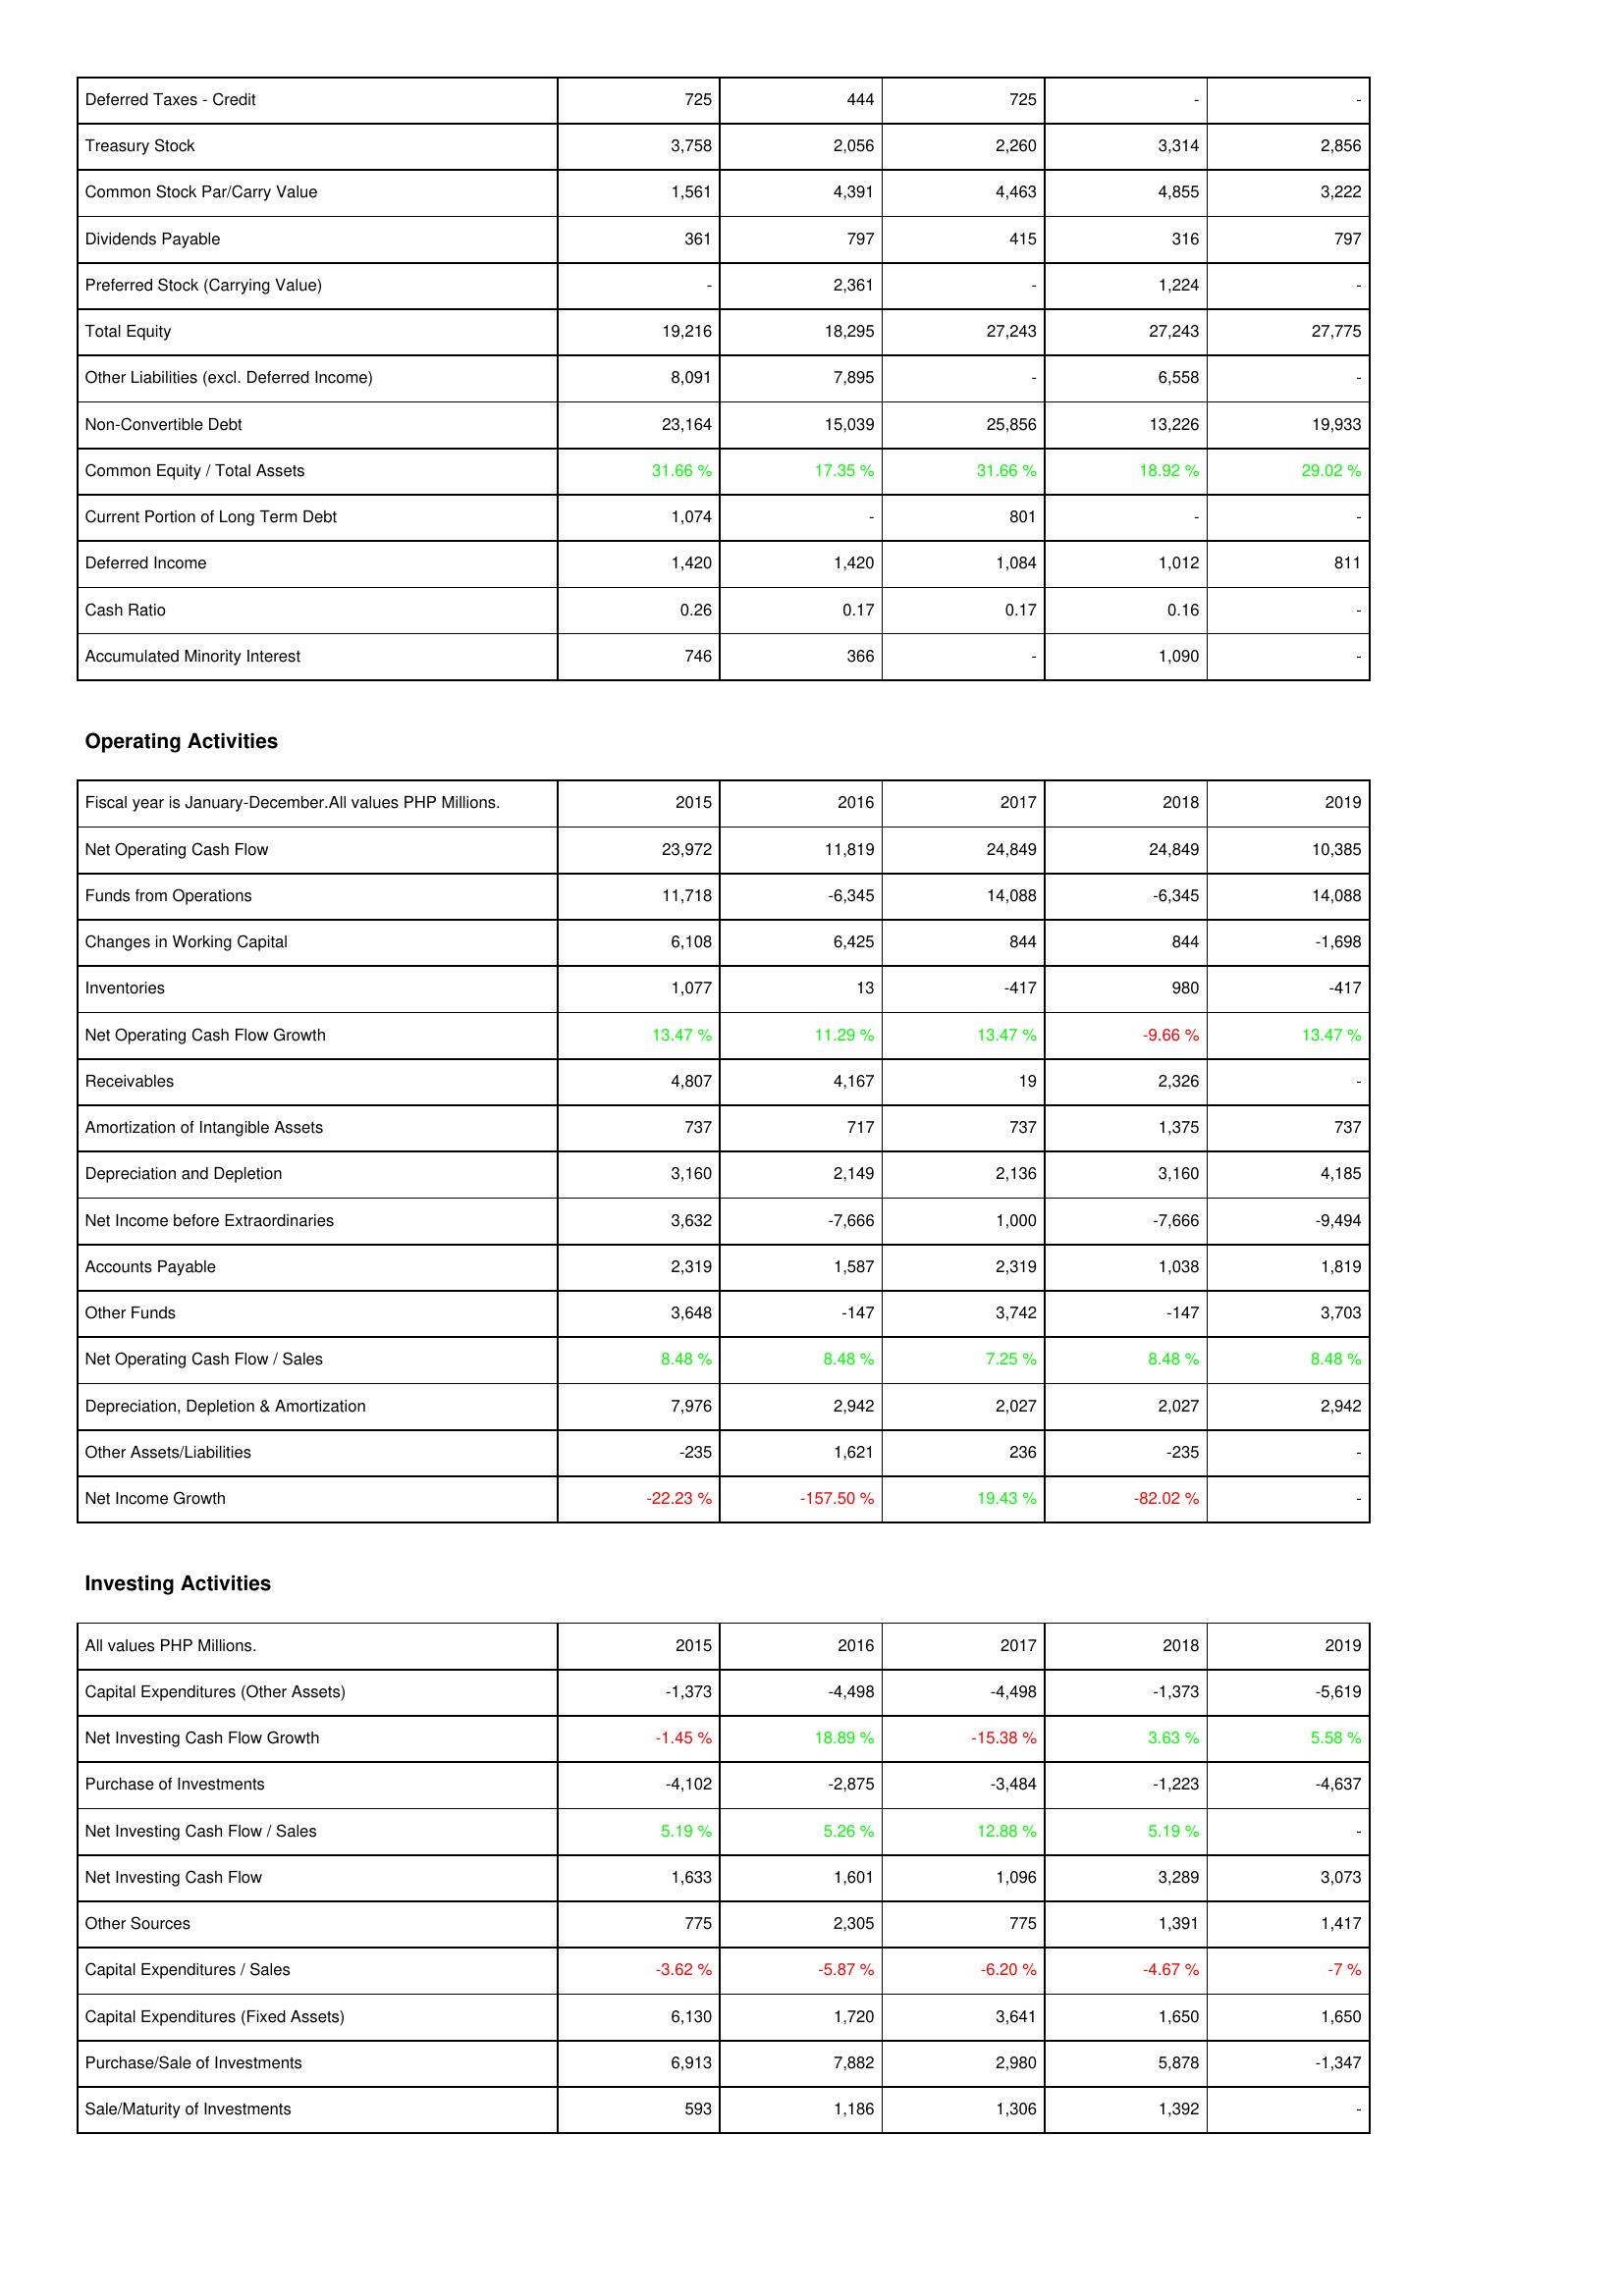
2015: Liabilities & Shareholders' Equity: Deferred Taxes - Credit: 725
Treasury Stock: 3,758
Common Stock Par/Carry Value: 1,561
Dividends Payable: 361
Preferred Stock (Carrying Value): -
Total Equity: 19,216
Other Liabilities (excl. Deferred Income): 8,091
Non-Convertible Debt: 23,164
Common Equity / Total Assets: 31.66 %
Current Portion of Long Term Debt: 1,074
Deferred Income: 1,420
Cash Ratio: 0.26
Accumulated Minority Interest: 746
Operating Activities: Net Operating Cash Flow: 23,972
Funds from Operations: 11,718
Changes in Working Capital: 6,108
Inventories: 1,077
Net Operating Cash Flow Growth: 13.47 %
Receivables: 4,807
Amortization of Intangible Assets: 737
Depreciation and Depletion: 3,160
Net Income before Extraordinaries: 3,632
Accounts Payable: 2,319
Other Funds: 3,648
Net Operating Cash Flow / Sales: 8.48 %
Depreciation, Depletion & Amortization: 7,976
Other Assets/Liabilities: -235
Net Income Growth: -22.23 %
Investing Activities: Capital Expenditures (Other Assets): -1,373
Net Investing Cash Flow Growth: -1.45 %
Purchase of Investments: -4,102
Net Investing Cash Flow / Sales: 5.19 %
Net Investing Cash Flow: 1,633
Other Sources: 775
Capital Expenditures / Sales: -3.62 %
Capital Expenditures (Fixed Assets): 6,130
Purchase/Sale of Investments: 6,913
Sale/Maturity of Investments: 593
2016: Liabilities & Shareholders' Equity: Deferred Taxes - Credit: 444
Treasury Stock: 2,056
Common Stock Par/Carry Value: 4,391
Dividends Payable: 797
Preferred Stock (Carrying Value): 2,361
Total Equity: 18,295
Other Liabilities (excl. Deferred Income): 7,895
Non-Convertible Debt: 15,039
Common Equity / Total Assets: 17.35 %
Current Portion of Long Term Debt: -
Deferred Income: 1,420
Cash Ratio: 0.17
Accumulated Minority Interest: 366
Operating Activities: Net Operating Cash Flow: 11,819
Funds from Operations: -6,345
Changes in Working Capital: 6,425
Inventories: 13
Net Operating Cash Flow Growth: 11.29 %
Receivables: 4,167
Amortization of Intangible Assets: 717
Depreciation and Depletion: 2,149
Net Income before Extraordinaries: -7,666
Accounts Payable: 1,587
Other Funds: -147
Net Operating Cash Flow / Sales: 8.48 %
Depreciation, Depletion & Amortization: 2,942
Other Assets/Liabilities: 1,621
Net Income Growth: -157.50 %
Investing Activities: Capital Expenditures (Other Assets): -4,498
Net Investing Cash Flow Growth: 18.89 %
Purchase of Investments: -2,875
Net Investing Cash Flow / Sales: 5.26 %
Net Investing Cash Flow: 1,601
Other Sources: 2,305
Capital Expenditures / Sales: -5.87 %
Capital Expenditures (Fixed Assets): 1,720
Purchase/Sale of Investments: 7,882
Sale/Maturity of Investments: 1,186
2017: Liabilities & Shareholders' Equity: Deferred Taxes - Credit: 725
Treasury Stock: 2,260
Common Stock Par/Carry Value: 4,463
Dividends Payable: 415
Preferred Stock (Carrying Value): -
Total Equity: 27,243
Other Liabilities (excl. Deferred Income): -
Non-Convertible Debt: 25,856
Common Equity / Total Assets: 31.66 %
Current Portion of Long Term Debt: 801
Deferred Income: 1,084
Cash Ratio: 0.17
Accumulated Minority Interest: -
Operating Activities: Net Operating Cash Flow: 24,849
Funds from Operations: 14,088
Changes in Working Capital: 844
Inventories: -417
Net Operating Cash Flow Growth: 13.47 %
Receivables: 19
Amortization of Intangible Assets: 737
Depreciation and Depletion: 2,136
Net Income before Extraordinaries: 1,000
Accounts Payable: 2,319
Other Funds: 3,742
Net Operating Cash Flow / Sales: 7.25 %
Depreciation, Depletion & Amortization: 2,027
Other Assets/Liabilities: 236
Net Income Growth: 19.43 %
Investing Activities: Capital Expenditures (Other Assets): -4,498
Net Investing Cash Flow Growth: -15.38 %
Purchase of Investments: -3,484
Net Investing Cash Flow / Sales: 12.88 %
Net Investing Cash Flow: 1,096
Other Sources: 775
Capital Expenditures / Sales: -6.20 %
Capital Expenditures (Fixed Assets): 3,641
Purchase/Sale of Investments: 2,980
Sale/Maturity of Investments: 1,306
2018: Liabilities & Shareholders' Equity: Deferred Taxes - Credit: -
Treasury Stock: 3,314
Common Stock Par/Carry Value: 4,855
Dividends Payable: 316
Preferred Stock (Carrying Value): 1,224
Total Equity: 27,243
Other Liabilities (excl. Deferred Income): 6,558
Non-Convertible Debt: 13,226
Common Equity / Total Assets: 18.92 %
Current Portion of Long Term Debt: -
Deferred Income: 1,012
Cash Ratio: 0.16
Accumulated Minority Interest: 1,090
Operating Activities: Net Operating Cash Flow: 24,849
Funds from Operations: -6,345
Changes in Working Capital: 844
Inventories: 980
Net Operating Cash Flow Growth: -9.66 %
Receivables: 2,326
Amortization of Intangible Assets: 1,375
Depreciation and Depletion: 3,160
Net Income before Extraordinaries: -7,666
Accounts Payable: 1,038
Other Funds: -147
Net Operating Cash Flow / Sales: 8.48 %
Depreciation, Depletion & Amortization: 2,027
Other Assets/Liabilities: -235
Net Income Growth: -82.02 %
Investing Activities: Capital Expenditures (Other Assets): -1,373
Net Investing Cash Flow Growth: 3.63 %
Purchase of Investments: -1,223
Net Investing Cash Flow / Sales: 5.19 %
Net Investing Cash Flow: 3,289
Other Sources: 1,391
Capital Expenditures / Sales: -4.67 %
Capital Expenditures (Fixed Assets): 1,650
Purchase/Sale of Investments: 5,878
Sale/Maturity of Investments: 1,392
2019: Liabilities & Shareholders' Equity: Deferred Taxes - Credit: -
Treasury Stock: 2,856
Common Stock Par/Carry Value: 3,222
Dividends Payable: 797
Preferred Stock (Carrying Value): -
Total Equity: 27,775
Other Liabilities (excl. Deferred Income): -
Non-Convertible Debt: 19,933
Common Equity / Total Assets: 29.02 %
Current Portion of Long Term Debt: -
Deferred Income: 811
Cash Ratio: -
Accumulated Minority Interest: -
Operating Activities: Net Operating Cash Flow: 10,385
Funds from Operations: 14,088
Changes in Working Capital: -1,698
Inventories: -417
Net Operating Cash Flow Growth: 13.47 %
Receivables: -
Amortization of Intangible Assets: 737
Depreciation and Depletion: 4,185
Net Income before Extraordinaries: -9,494
Accounts Payable: 1,819
Other Funds: 3,703
Net Operating Cash Flow / Sales: 8.48 %
Depreciation, Depletion & Amortization: 2,942
Other Assets/Liabilities: -
Net Income Growth: -
Investing Activities: Capital Expenditures (Other Assets): -5,619
Net Investing Cash Flow Growth: 5.58 %
Purchase of Investments: -4,637
Net Investing Cash Flow / Sales: -
Net Investing Cash Flow: 3,073
Other Sources: 1,417
Capital Expenditures / Sales: -7 %
Capital Expenditures (Fixed Assets): 1,650
Purchase/Sale of Investments: -1,347
Sale/Maturity of Investments: -